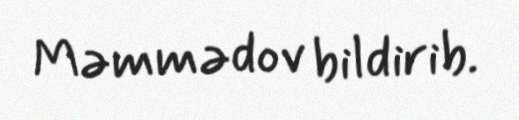
Məmmədov bildirib.